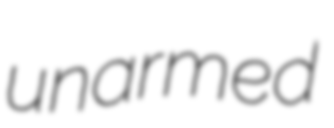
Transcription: unarmed